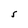
Character: S